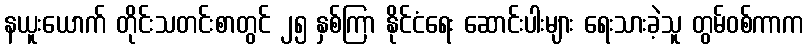
နယူးယောက် တိုင်းသတင်းစာတွင် ၂၅ နှစ်ကြာ နိုင်ငံရေး ဆောင်းပါးများ ရေးသားခဲ့သူ တွမ်ဝစ်ကာက